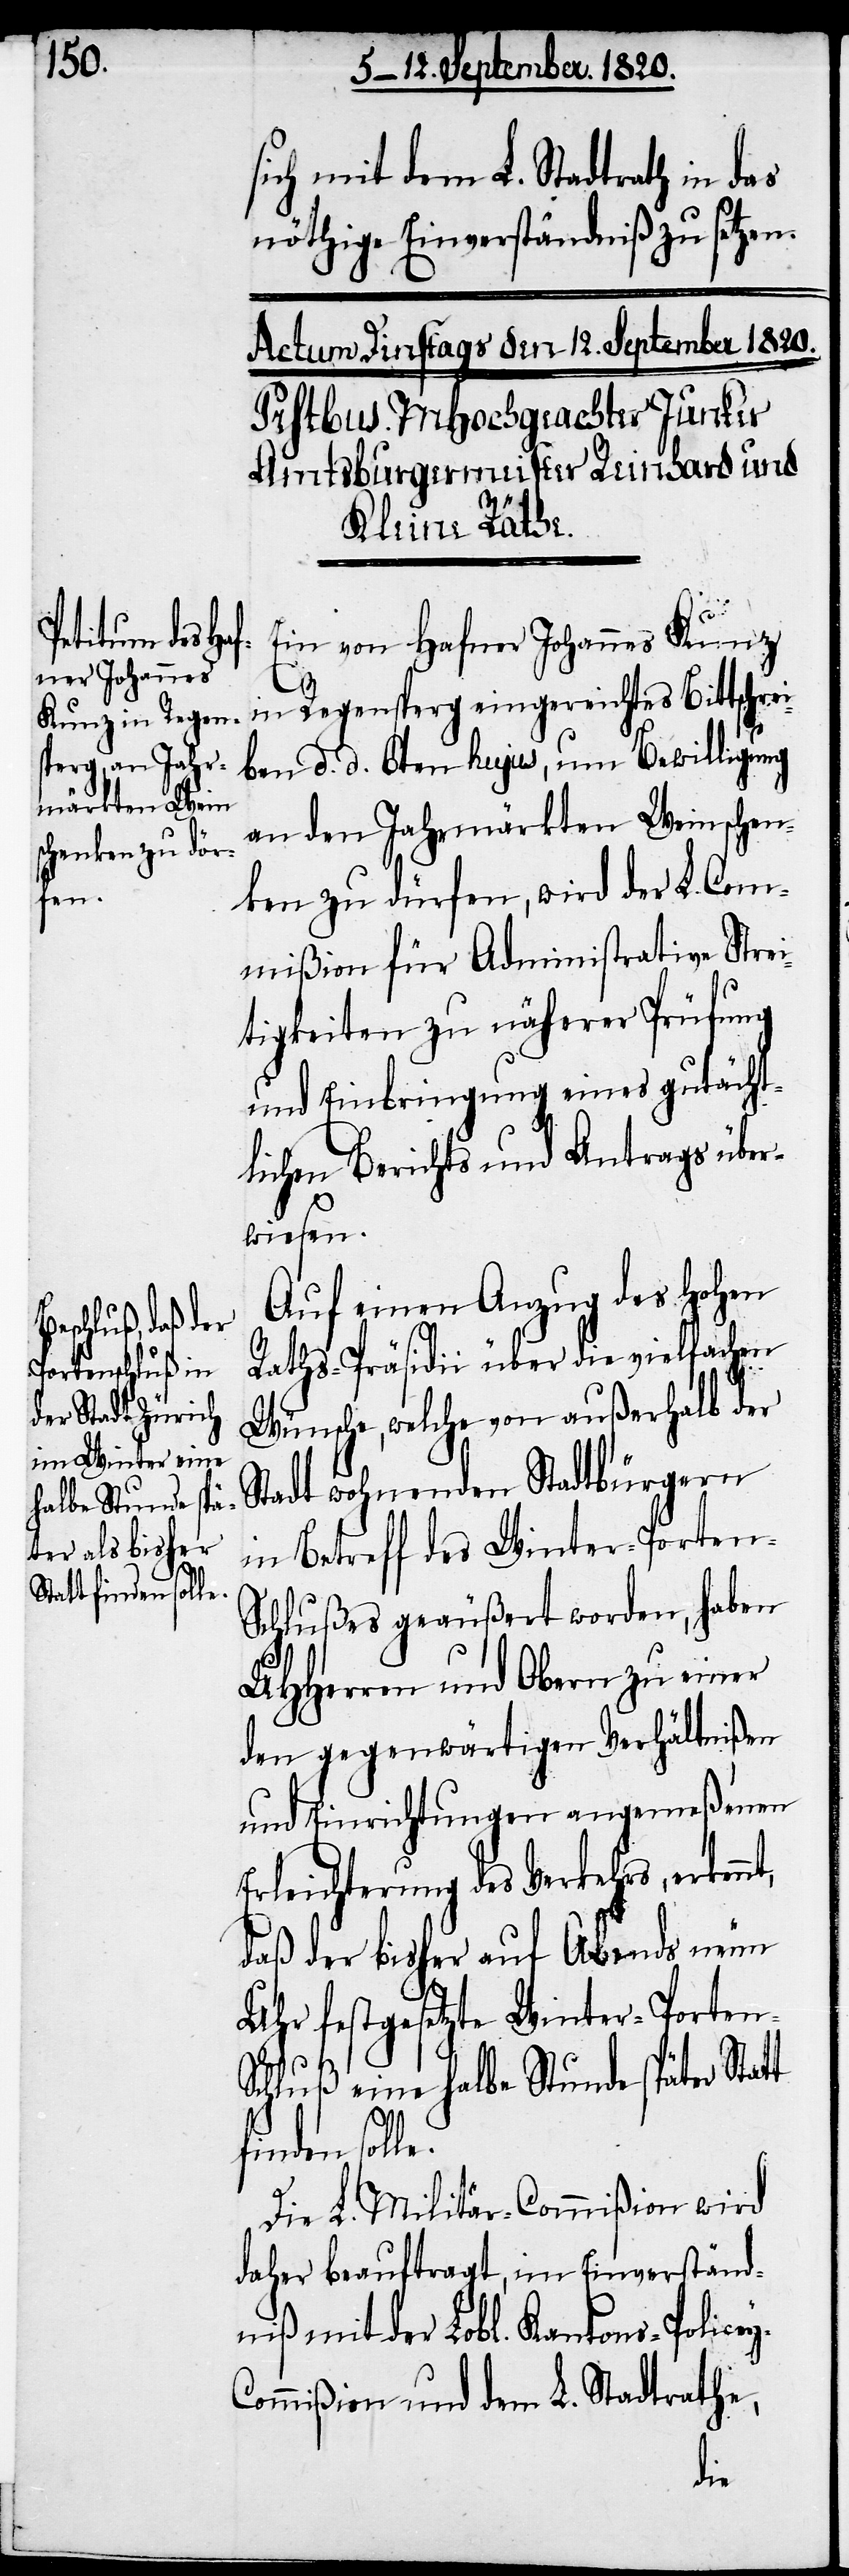
sich mit dem L. Stadtrath in das
nöthige Einverständniß zu setzen.
Ein von Hafner Johannes Kunz
y-C¬
in Regensperg eingereichtes Bittschrei¬
ben d. d. 6ten hujus, um Bewilligung
an den Jahrmärkten Weinschen¬
ken zu dürfen, wird der L. Com¬
mißion für Administrative Strei¬
tigkeiten zu näherer Prüfung
und Einbringung eines gutächt¬
lichen Berichts und Antrags über¬
wiesen.
Auf einen Anzug des hohen
Raths-Präsidii über die vielfachen
Wünsche, welche von außerhalb der
Stadt wohnenden Stadtbürgern
in Betreff des Winter-Porten-S¬
chlußes geäußert worden, haben
UHherren und Obern zu einer
den gegenwärtigen Verhältnißen
und Einrichtungen angemeßenen
Erleichterung des Verkehrs,
daß der bisher auf Abends neun
Uhr festgesetzte Winter-Porten-S¬
chluß eine halbe Stunde später Stat¬
finden solle.
Die L. Militär-Commißion wird
daher beauftragt, im Einverständ¬
niß mit der Lobl. Kantons-Police¬
ommißion und dem L. Stadtrathe,